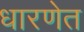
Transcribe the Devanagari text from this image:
धारणेत